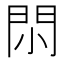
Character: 𨳒